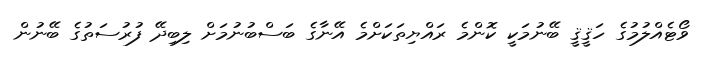
ވޯޓެއްލުމުގެ ހަޤީޤީ ބޭނުމަކީ ކޮންމެ ރައްޔިތަކަށްމެ އޭނާގެ ބަސްބުނުމަށް ލިބިދޭ ފުރުސަތުގެ ބޭނުން